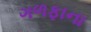
ગળફાના